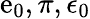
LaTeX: \mathrm{e}_{0},\pi,\epsilon_{0}